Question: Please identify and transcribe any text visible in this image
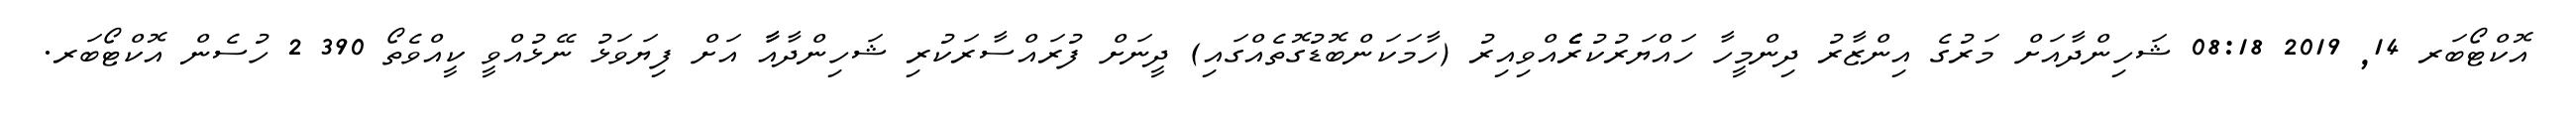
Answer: އޮކްޓޯބަރ 14, 2019 08:18 ޝަހިންދާއަށް މަރުގެ އިންޒާރު ދިންމީހާ ހައްޔަރުކުރެެެެެއްވިއިރު (ހާމަކަންބޮޑުގޮތެއްގައި) ދީނަށް ފުރައްސާރަކުރި ޝަހިންދާއާާ އަށް ފިޔަވަޅު ނޭޅުއްވީ ކީއްވެތޯ 390 2 ހުސެން އޮކްޓޯބަރ.